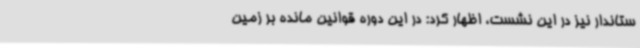
ستاندار نیز در این نشست، اظهار کرد: در این دوره قوانین مانده بر زمین